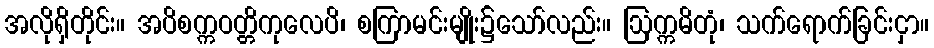
အလိုရှိတိုင်း။ အပိစက္ကဝတ္တိကုလေပိ၊ စကြာမင်းမျိုး၌သော်လည်း။ ဩက္ကမိတုံ၊ သက်ရောက်ခြင်းငှာ။